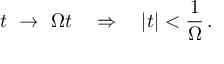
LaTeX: t \ \rightarrow \ \Omega t \quad \Rightarrow \quad | t | < \frac { 1 } { \Omega } \, .